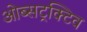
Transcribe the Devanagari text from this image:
ओब्सट्रक्टिव